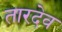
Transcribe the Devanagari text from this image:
तारदेव